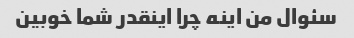
سئوال من اینه چرا اینقدر شما خوبین